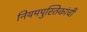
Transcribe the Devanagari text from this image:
नियमपुस्तिकांची